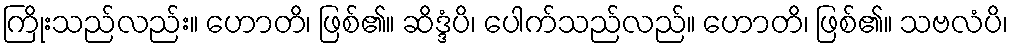
ကြိုးသည်လည်း။ ဟောတိ၊ ဖြစ်၏။ ဆိဒ္ဒံပိ၊ ပေါက်သည်လည်။ ဟောတိ၊ ဖြစ်၏။ သဗလံပိ၊